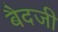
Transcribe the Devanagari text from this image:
बैदजी